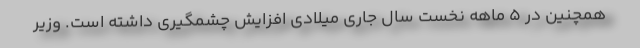
همچنین در ۵ ماهه نخست سال جاری میلادی افزایش چشمگیری داشته است. وزیر